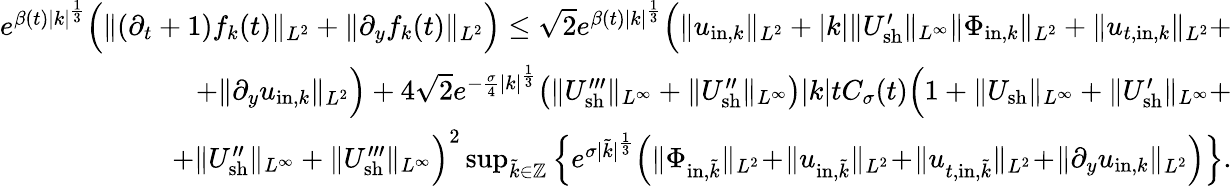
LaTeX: \begin{array}{r}{e^{\beta(t)|k|^{\frac{1}{3}}}\Big(\| (\partial_{t}+1)f_{k}(t)\| _{L^{2}}+\| \partial_{y}f_{k}(t)\| _{L^{2}}\Big)\leq\sqrt{2}e^{\beta(t)|k|^{\frac{1}{3}}}\Big(\| u_{\mathrm{in},k}\| _{L^{2}}+|k|\| U_{\mathrm{sh}}^{\prime}\| _{L^{\infty}}\| \Phi_{\mathrm{in},k}\| _{L^{2}}+\| u_{t,\mathrm{in},k}\| _{L^{2}}+}\\ {+\| \partial_{y}u_{\mathrm{in},k}\| _{L^{2}}\Big)+4\sqrt{2}e^{-\frac{\sigma}{4}|k|^{\frac{1}{3}}}\big(\| U_{\mathrm{sh}}^{\prime\prime\prime}\| _{L^{\infty}}+\| U_{\mathrm{sh}}^{\prime\prime}\| _{L^{\infty}}\big)|k|tC_{\sigma}(t)\Big(1+\| U_{\mathrm{sh}}\| _{L^{\infty}}+\| U_{\mathrm{sh}}^{\prime}\| _{L^{\infty}}+}\\ {+\| U_{\mathrm{sh}}^{\prime\prime}\| _{L^{\infty}}+\| U_{\mathrm{sh}}^{\prime\prime\prime}\| _{L^{\infty}}\Big)^{2}\operatorname*{sup}_{\tilde{k}\in\mathbb Z}\Big\{ e^{\sigma|\tilde{k}|^{\frac{1}{3}}}\Big(\| \Phi_{\mathrm{in},\tilde{k}}\| _{L^{2}}\! +\! \| u_{\mathrm{in},\tilde{k}}\| _{L^{2}}\! +\! \| u_{t,\mathrm{in},\tilde{k}}\| _{L^{2}}\! +\! \| \partial_{y}u_{\mathrm{in},k}\| _{L^{2}}\Big)\Big\} .}\end{array}